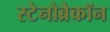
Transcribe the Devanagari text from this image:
स्टेनोब्रेकॉन